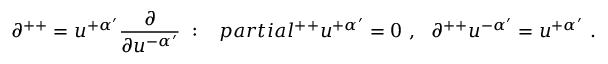
\partial ^ { + + } = u ^ { + \alpha ^ { \prime } } { \frac { \partial } { \partial u ^ { - \alpha ^ { \prime } } } } \ : \ \ \, p a r t i a l ^ { + + } u ^ { + \alpha ^ { \prime } } = 0 \ , \ \ \partial ^ { + + } u ^ { - \alpha ^ { \prime } } = u ^ { + \alpha ^ { \prime } } \ .